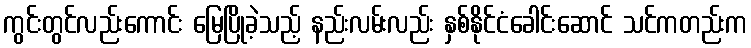
ကွင်းတွင်လည်းကောင်း မြေပြိုခဲ့သည့် နည်းလမ်းလည်း နှစ်နိုင်ငံခေါင်းဆောင် သင်ကတည်းက